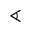
\sphericalangle